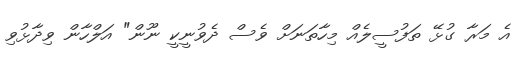
އެ މަރާ ގުޅޭ ތަފުސީލެއް މިހާތަނަށް ވެސް ދެވުނީކީ ނޫން" އަލްހާން ވިދާޅުވި